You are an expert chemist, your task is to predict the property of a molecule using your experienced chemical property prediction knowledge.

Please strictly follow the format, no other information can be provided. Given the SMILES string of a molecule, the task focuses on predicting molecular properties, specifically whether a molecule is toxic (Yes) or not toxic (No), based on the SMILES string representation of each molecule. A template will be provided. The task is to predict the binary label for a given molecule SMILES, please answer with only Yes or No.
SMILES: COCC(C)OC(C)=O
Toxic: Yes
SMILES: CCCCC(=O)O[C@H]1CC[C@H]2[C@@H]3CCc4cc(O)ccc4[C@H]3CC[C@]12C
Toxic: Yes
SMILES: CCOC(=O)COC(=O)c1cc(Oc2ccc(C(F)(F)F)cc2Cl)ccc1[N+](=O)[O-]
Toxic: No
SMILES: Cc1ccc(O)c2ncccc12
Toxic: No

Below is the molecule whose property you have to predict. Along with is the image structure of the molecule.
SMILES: OCC(O)CS
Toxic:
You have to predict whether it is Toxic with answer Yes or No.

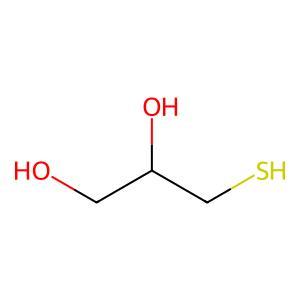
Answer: No